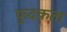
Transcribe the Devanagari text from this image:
फुदकता